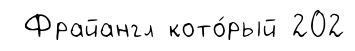
Фрайангл кото́рый 202